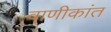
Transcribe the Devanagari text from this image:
वाणीकांत